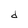
Character: d